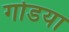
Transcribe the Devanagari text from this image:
गोडया